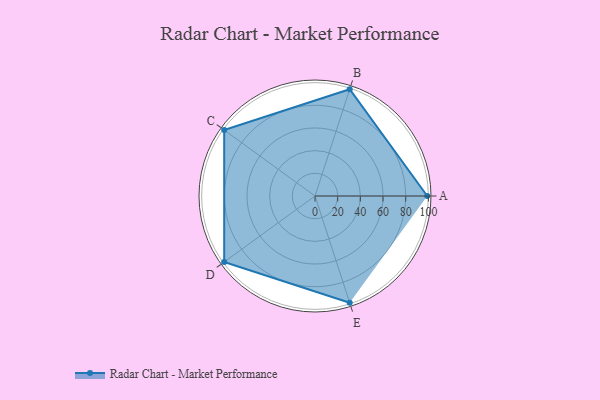
{"axis": {"x": "Skill", "y": "Score"}, "legend": ["Profile"], "data": [{"x": "A", "y": 99, "type": "Profile"}, {"x": "B", "y": 99, "type": "Profile"}, {"x": "C", "y": 99, "type": "Profile"}, {"x": "D", "y": 99, "type": "Profile"}, {"x": "E", "y": 99, "type": "Profile"}]}